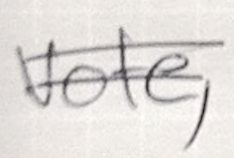
Text: vote,
Cross-out: double-line
Writing tool: ballpoint